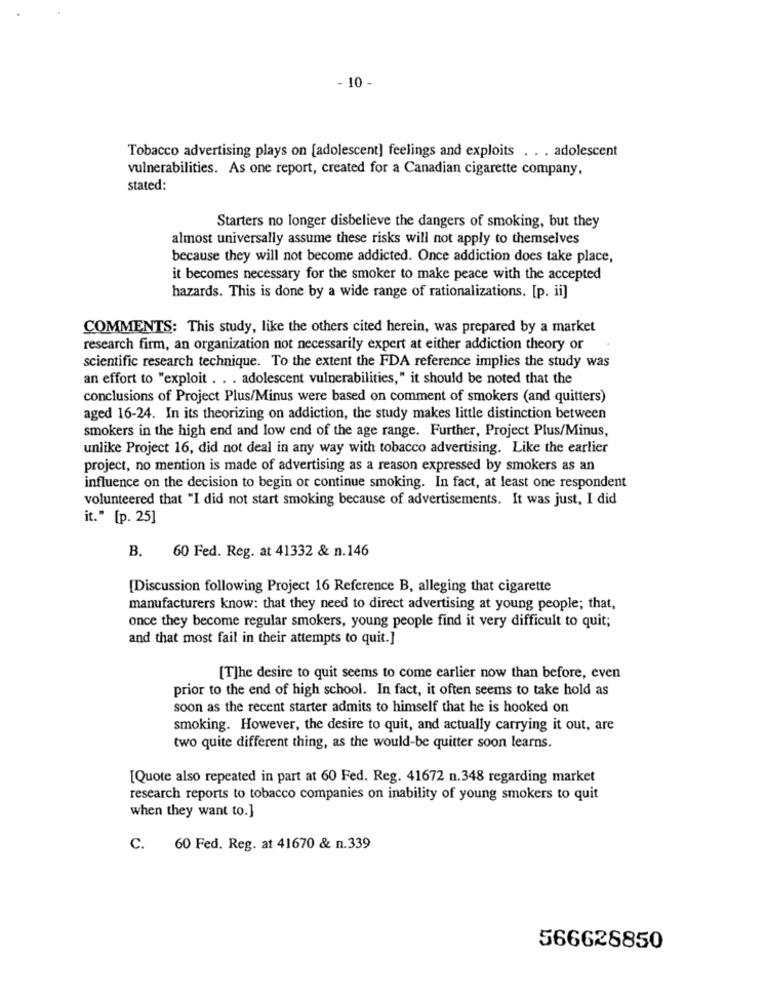
- 10 -
Tobacco advertising plays on [adolescent] feelings and exploits . . . adolescent
vulnerabilities. As one report, created for a Canadian cigarette company,
stated:
Starters no longer disbelieve the dangers of smoking, but they
almost universally assume these risks will not apply to themselves
because they will not become addicted. Once addiction does take place,
it becomes necessary for the smoker to make peace with the accepted
hazards. This is done by a wide range of rationalizations. [p. ii]
COMMENTS: This study, like the others cited herein, was prepared by a market
research firm, an organization not necessarily expert at either addiction theory or
scientific research technique. To the extent the FDA reference implies the study was
an effort to "exploit . . . adolescent vulnerabilities," it should be noted that the
conclusions of Project Plus/Minus were based on comment of smokers (and quitters)
aged 16-24. In its theorizing on addiction, the study makes little distinction between
smokers in the high end and low end of the age range. Further, Project Plus/Minus,
unlike Project 16, did not deal in any way with tobacco advertising. Like the earlier
project, no mention is made of advertising as a reason expressed by smokers as an
influence on the decision to begin or continue smoking. In fact, at least one respondent
volunteered that "I did not start smoking because of advertisements. It was just, I did
it." [p. 25]
60 Fed. Reg. at 41332 & n.146
B.
[Discussion following Project 16 Reference B, alleging that cigarette
manufacturers know: that they need to direct advertising at young people; that,
once they become regular smokers, young people find it very difficult to quit;
and that most fail in their attempts to quit.]
[T]he desire to quit seems to come earlier now than before, even
prior to the end of high school. In fact, it often seems to take hold as
soon as the recent starter admits to himself that he is hooked on
smoking. However, the desire to quit, and actually carrying it out, are
two quite different thing, as the would-be quitter soon learns.
[Quote also repeated in part at 60 Fed. Reg. 41672 n.348 regarding market
research reports to tobacco companies on inability of young smokers to quit
when they want to.]
C. 60 Fed. Reg. at 41670 & n.339
566628850